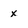
Character: x